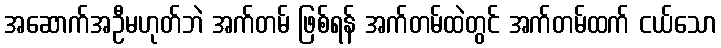
အဆောက်အဦမဟုတ်ဘဲ အက်တမ် ဖြစ်ရန် အက်တမ်ထဲတွင် အက်တမ်ထက် ငယ်သော